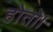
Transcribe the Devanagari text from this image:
होतो।